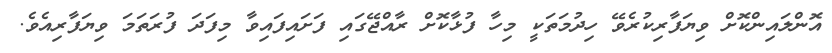
އޮންލައިންކޮށް ވިޔަފާރިކުރެވޭ ހިދުމަތަކީ މިހާ ފުޅާކޮށް ރާއްޖޭގައި ފަށައިފައިވާ މިފަދަ ފުރަތަމަ ވިޔަފާރިއެވެ.